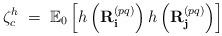
LaTeX: \begin{align*} \zeta_c^h \; =\; \mathbb{E}_0\left[h\left(\mathbf{R}^{(pq)}_{\mathbf{i}} \right) h\left(\mathbf{R}^{(pq)}_{\mathbf{j}} \right) \right] \end{align*}